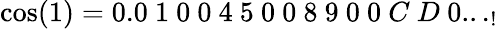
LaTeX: \cos(1)=0.0\ 1\ 0\ 0\ 4\ 5\ 0\ 0\ 8\ 9\ 0\ 0\ C\ D\ 0..._{!}